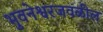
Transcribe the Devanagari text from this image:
भुवनेश्वरजवळील